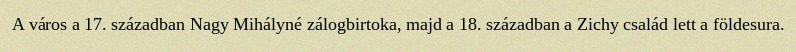
A város a 17. században Nagy Mihályné zálogbirtoka, majd a 18. században a Zichy család lett a földesura.